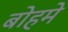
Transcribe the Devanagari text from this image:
बोहमे